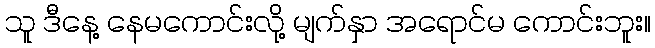
သူ ဒီနေ့ နေမကောင်းလို့ မျက်နှာ အရောင်မ ကောင်းဘူး။